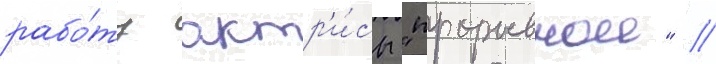
рабо́ту актр'и́сы "прорывнои" //